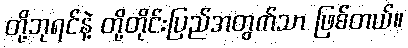
တို့ဘုရင်နဲ့ တို့တိုင်းပြည်အတွက်သာ ဖြစ်တယ်။